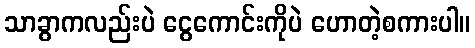
သာခွာကလည်းပဲ ငွေကောင်းကိုပဲ ဟောတဲ့စကားပါ။